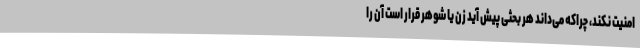
امنیت نکند، چراکه می‌داند هر بحثی پیش آید زن یا شوهر قرار است آن را